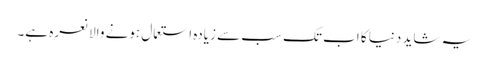
یہ شاید دنیا کا اب تک سب سے زیادہ استعمال ہونے والا نعرہ ہے۔